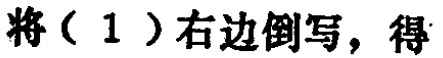
将（1）右边倒写，得